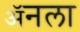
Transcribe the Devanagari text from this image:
ॲनला